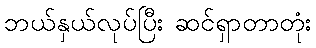
ဘယ်နှယ်လုပ်ပြီး ဆင်ရှာတာတုံး